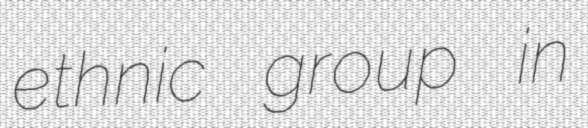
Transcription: ethnic group in